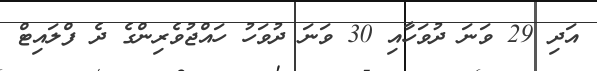
އަދި 29 ވަނަ ދުވަހާއި 30 ވަނަ ދުވަހު ހައްޖުވެރިންގެ ދެ ފްލައިޓް